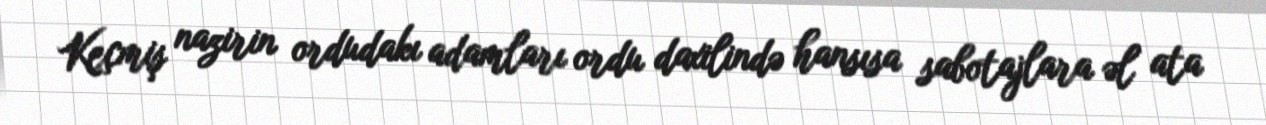
Keçmiş nazirin ordudakı adamları ordu daxilində hansısa sabotajlara əl ata